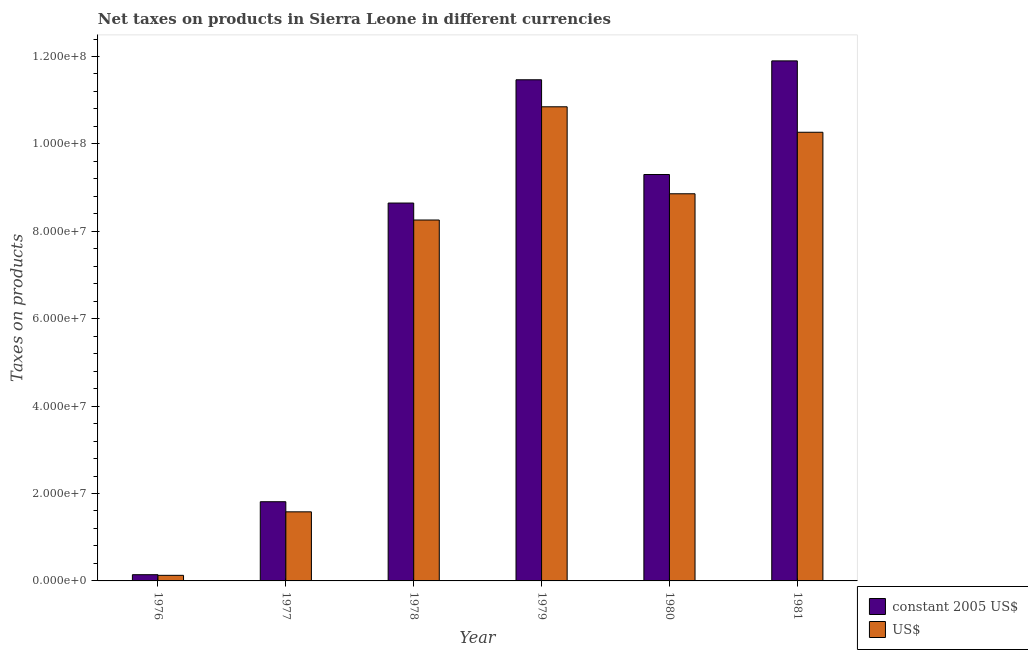
| Year | constant 2005 US$ | US$ |
 | --- | --- | --- |
 | 1976 | 1.42e+06 | 1.28e+06 |
 | 1977 | 1.81e+07 | 1.58e+07 |
 | 1978 | 8.65e+07 | 8.26e+07 |
 | 1979 | 1.15e+08 | 1.08e+08 |
 | 1980 | 9.3e+07 | 8.86e+07 |
 | 1981 | 1.19e+08 | 1.03e+08 |